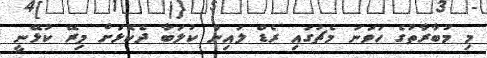
މި މުބާރާތުގެ ހަވަނަ މެޗުގައި ރެޑް ލައިން ކުލަބާ ދެކޮޅަށް މިރޭ ކުޅޭނީ